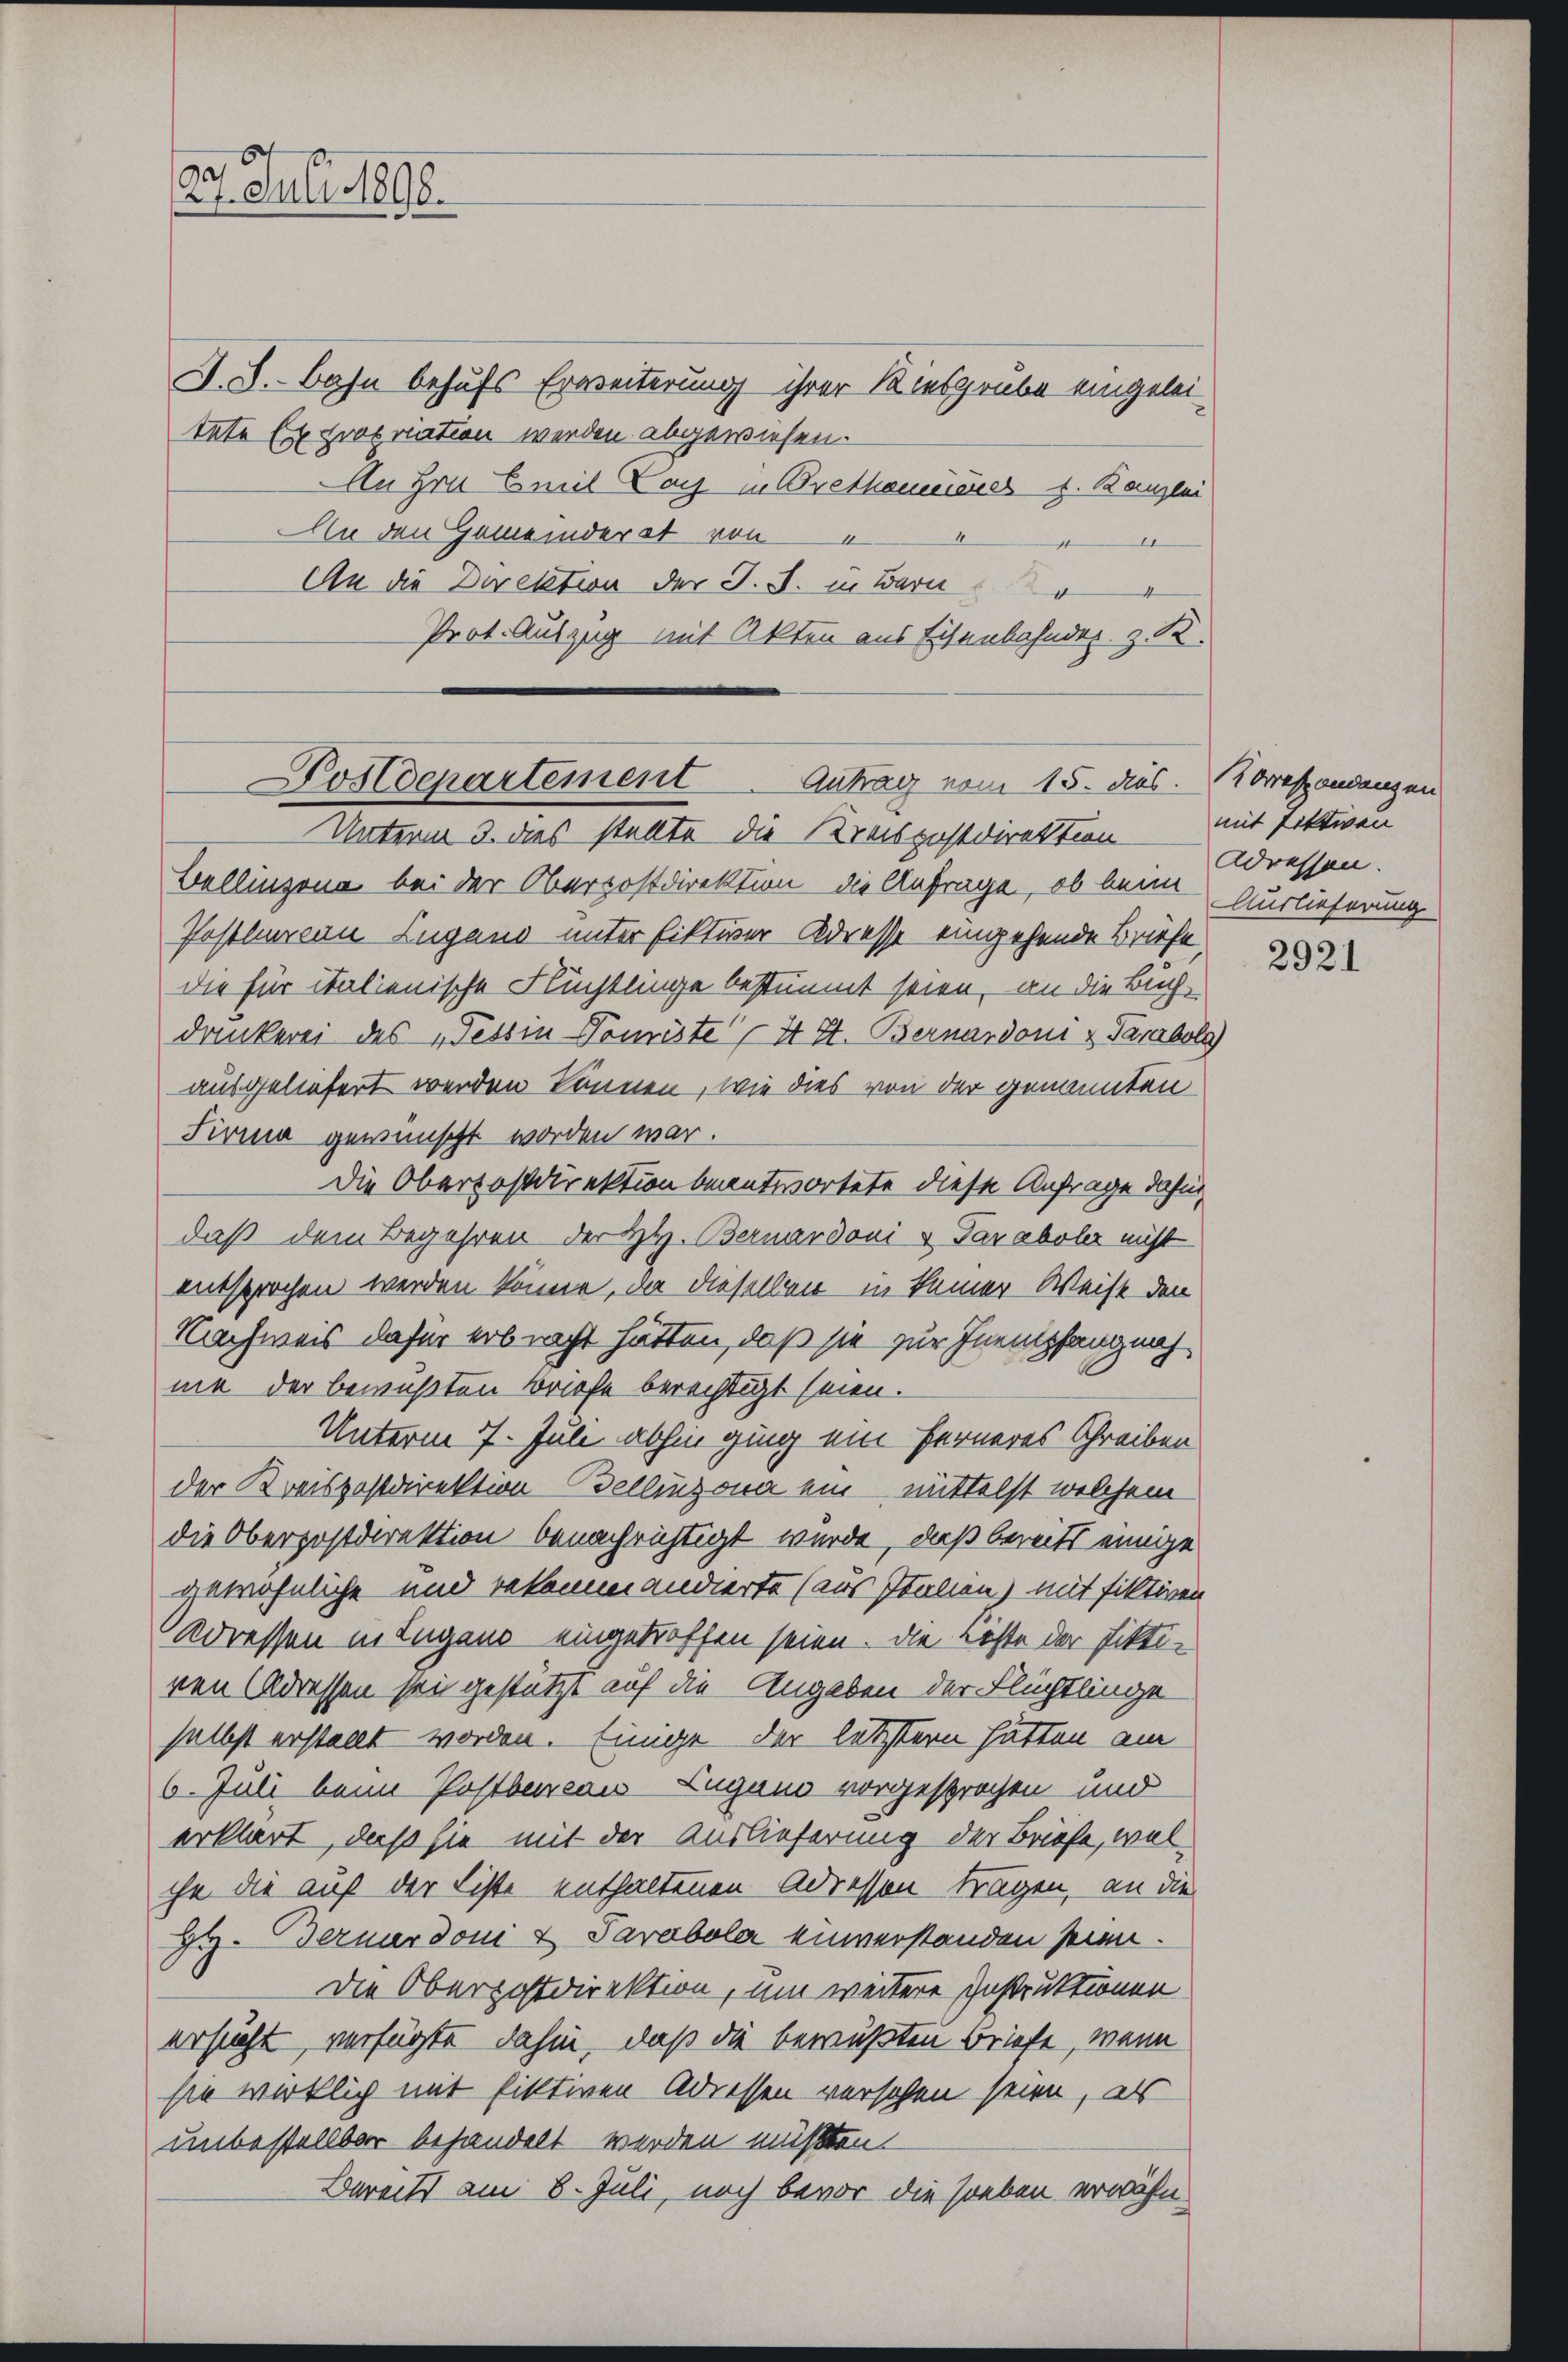
27. Juli 1898.

J. L. Bahn behufs Erweiterung ihrer Kiesgrube eingeleitete Expropriation werden abgewiesen.
An Hrn. Emil Lach in Brethamieses s. Kanzlei
An den Gemeinderat von
1
An die Direktion der J. J. in Bern
Prot. Auszug mit Akten aus Eisenbahnder z. K.

Bellinzona bei der Oberpostdirektion die Anfrage, ob beim Auslieferung
Postbureau Lugano unter Fiktiver Adresse eingehende Briefe
die für italienische Flüchtlinge bestimmt seien, an die Buchdankerei des „Tessin Domiste 4 St. Bernardoni & Tarabol
ausgeliefert werden können, wie dies von der genannten
Firma gewünscht worden war.
Die Oberpostdirektion beantwortete diese Anfrage dahin,
daß dem Begehren der Hy. Bernardoni u Paraboler nicht
entsprochen werden könne, an dieselben in keiner Weise den
Nachweis dafür erbracht hätten, daß sie zur Inempfang nachma der bewußten Briefe berechtigt seien.
Unterm 7. Juli abhin ging ein ferneres Schreiben
der Kreispostdirektion Dellinzona ein mittelst welchem
die Oberpostdirektion benachrichtigt wurde, daß bereits einige
gewöhnliche und bekommandierte (aus Italien) mit fiktiven
Adressen in Lugano eingetroffen seien. Die Liste der Fikti-
nen Adressen sein gestützt auf die Angaben der Flüchtlinge
selbst erstellt worden. Einige der letztern hätten am
6. Juli beim Postbureau Lugano vorgesprochen und
erklärt, daß sie mit der Auslieferung der Briefe, welche die auf der Liste enthaltenen Adressen tragen, an die
Hy. Bernardoni & Parabola einverstanden seien.
Die Oberpostdirektion, um weitere Instruktionen
ersucht, verfügte dahin, daß die bewußten Briefe, wenn
sie wirklich mit fiktiven Adressen versehen seien, als
unbestellbar behandelt werden müßten.
Bereits am 8. Juli, noch bevor die soeben erwähn¬

Postdepartement Antrag vom 15. dies. Correspondangen
Unterm 3. dies stellte die Kreispostdirektion

mit Fittwen
Adressen.

2921